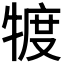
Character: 𤚡